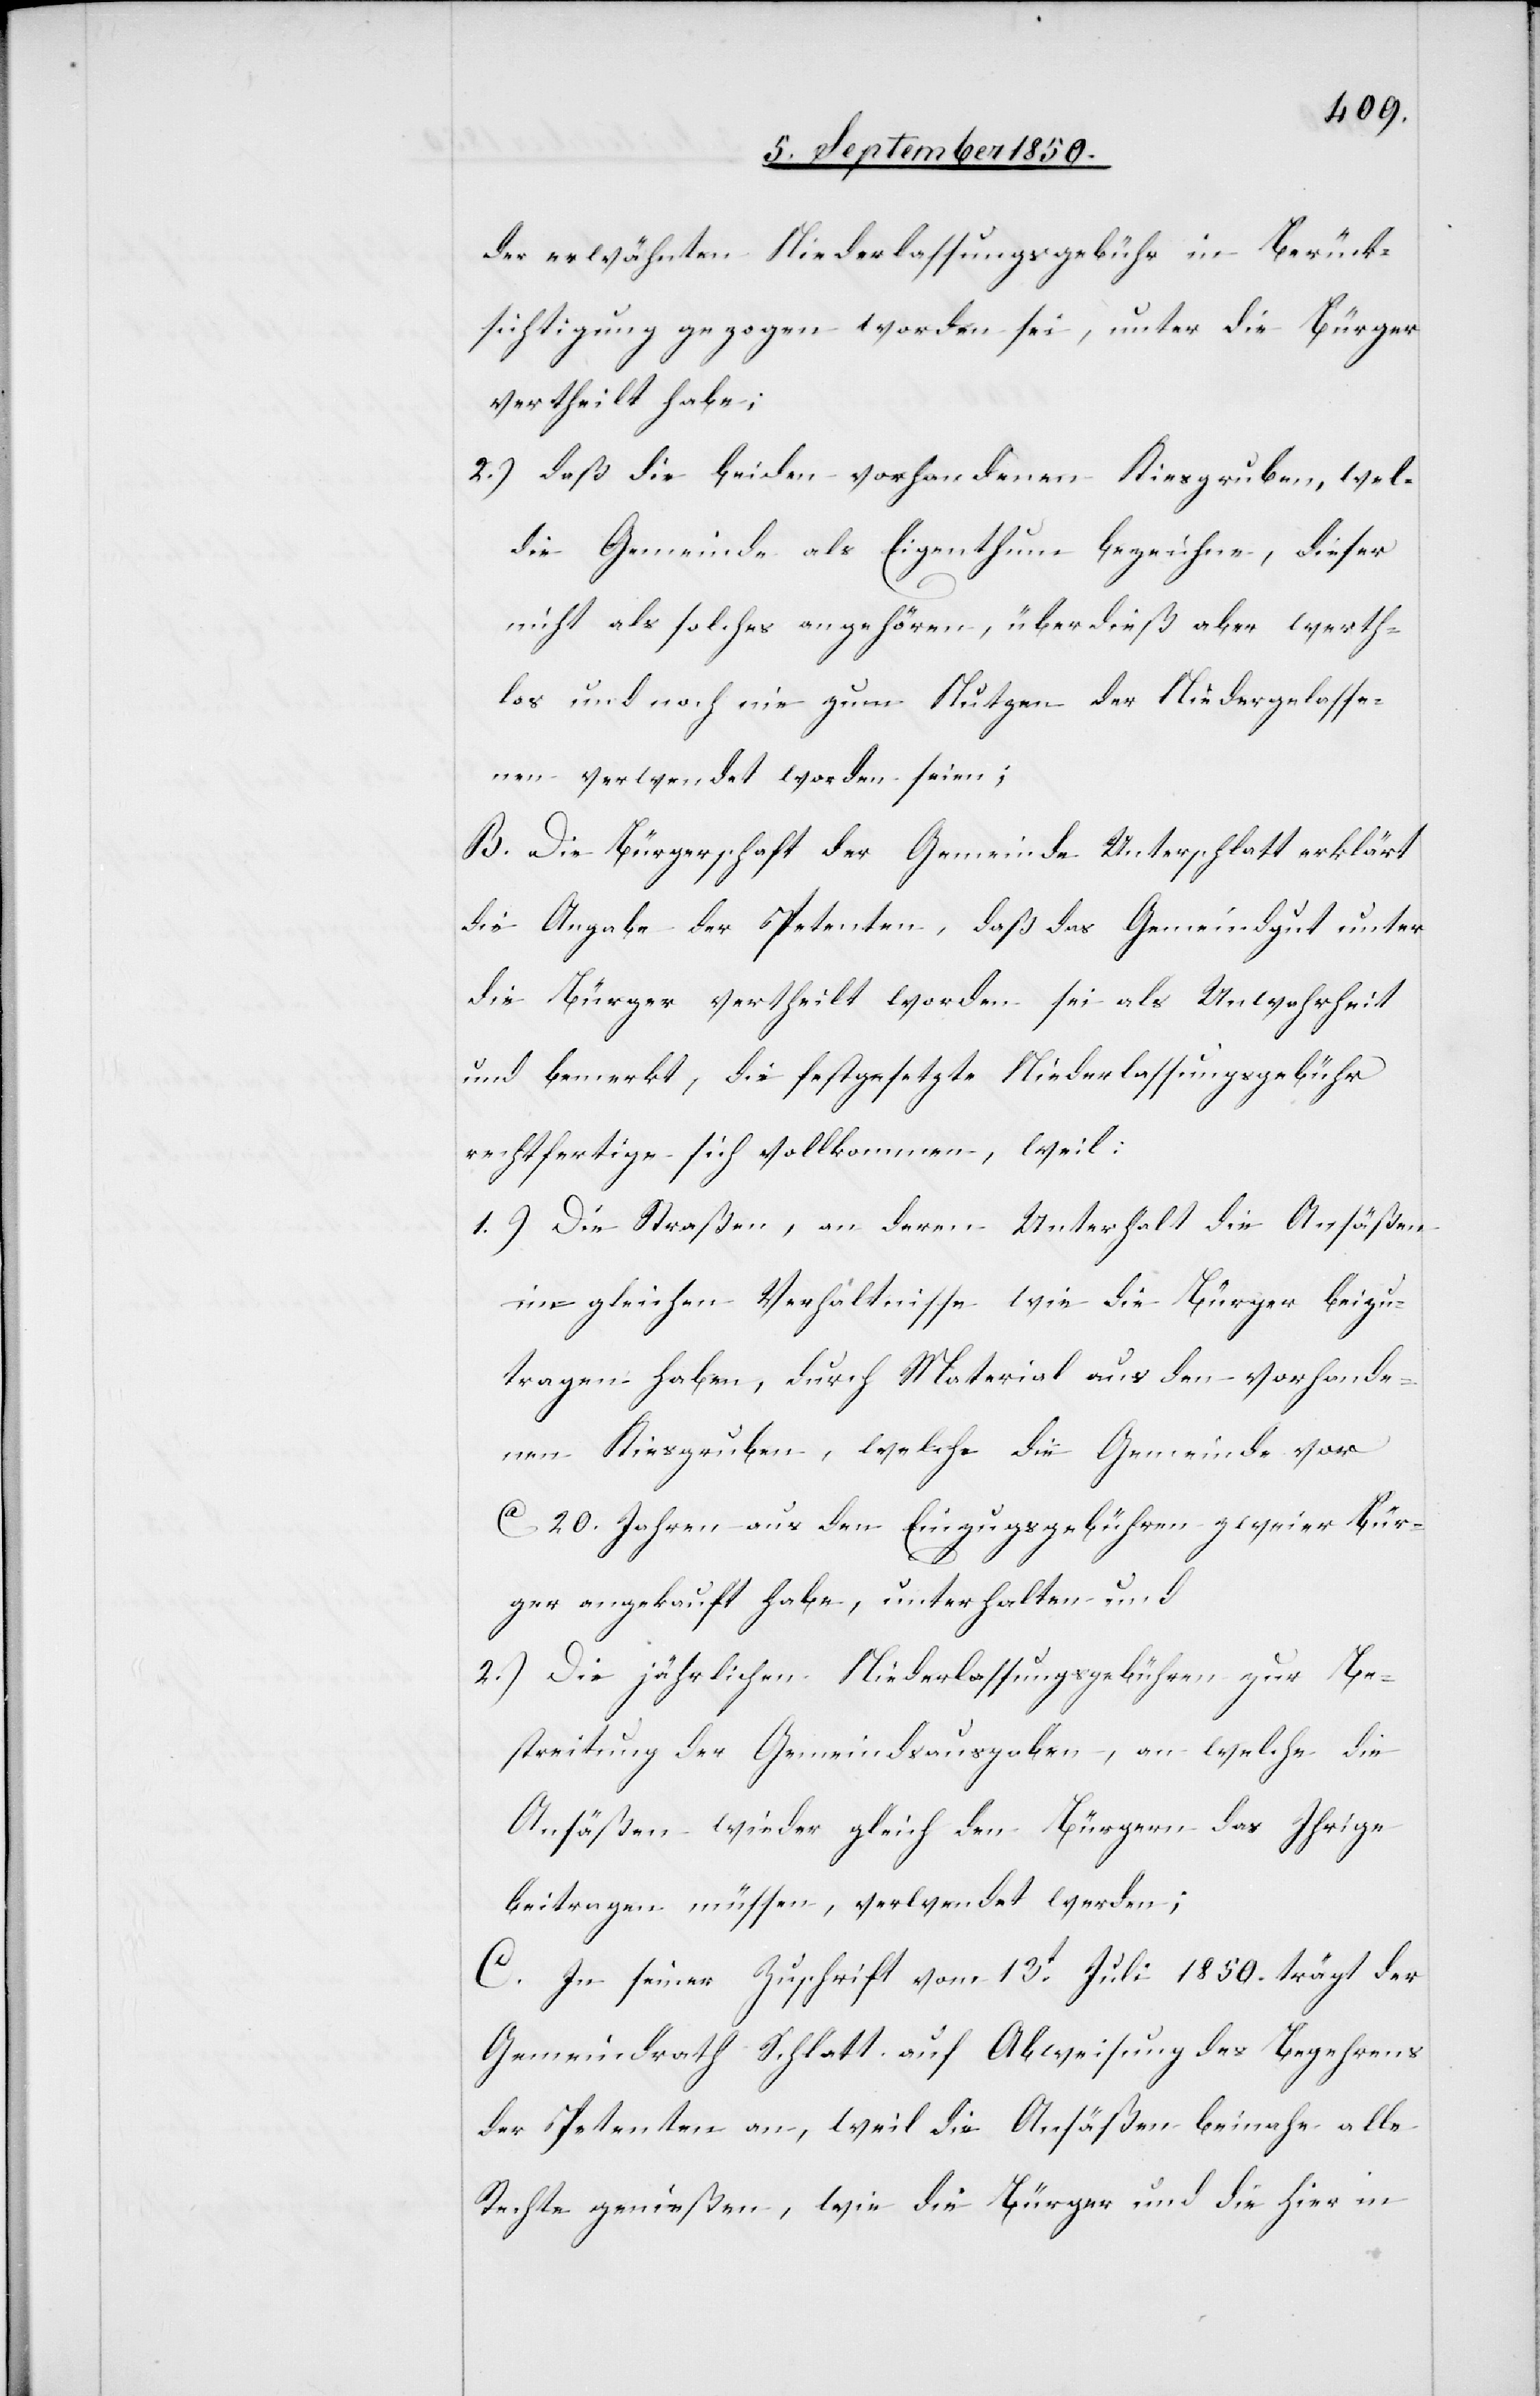
der erwähnten Niederlassungsgebühr in Berück¬
sichtigung gezogen worden sei, unter die Bürger
vertheilt habe;
2.) daß die beiden vorhandenen Kiesgruben, wel[che]
die Gemeinde als Eigenthum bezeichne, dieser
nicht als solches angehören, überdieß aber werth¬
los und noch nie zum Nutzen der Niedergelasse¬
nen verwendet worden seien;
B. Die Bürgerschaft der Gemeinde Unterschlatt erklärt
die Angabe der Petenten, daß das Gemeindgut unter
die Bürger vertheilt worden sei als Unwahrheit
und bemerkt, die festgesetzte Niederlassungsgebühr
rechtfertige sich vollkommen, weil:
1.) Die Straßen, an deren Unterhalt die Ansäßen
im gleichen Verhältnisse wie die Bürger beizu¬
tragen haben, durch Material aus den vorhande¬
nen Kiesgruben, welche die Gemeinde vor
ca 20. Jahren aus den Einzugsgebühren zweier Bür¬
ger angekauft habe, unterhalten und
2.) Die jährlichen Niederlassungsgebühren zur Be¬
streitung der Gemeindsausgaben, an welche die
Ansäßen wieder gleich den Bürgern das Ihrige
beitragen müssen, verwendet werden;
C. In seiner Zuschrift vom 13t Juli 1850. trägt der
Gemeindrath Schlatt auf Abweisung des Begehrens
der Petenten an, weil die Ansäßen beinahe alle
Rechte genießen, wie die Bürger und die hier in